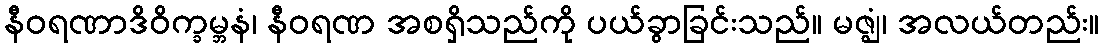
နီဝရဏာဒိဝိက္ခမ္ဘနံ၊ နီဝရဏ အစရှိသည်ကို ပယ်ခွာခြင်းသည်။ မဇ္ဈံ၊ အလယ်တည်း။